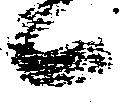
候